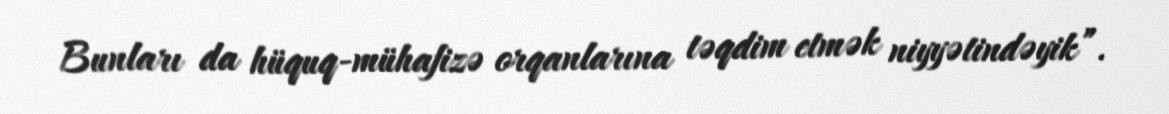
Bunları da hüquq-mühafizə orqanlarına təqdim etmək niyyətindəyik”.